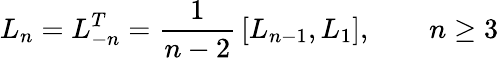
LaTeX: L_{n}=L_{-n}^{T}={\frac{1}{n-2}}\, [L_{n-1},L_{1}],\qquad n\ge 3